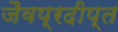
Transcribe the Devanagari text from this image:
जैवप्रदीप्त